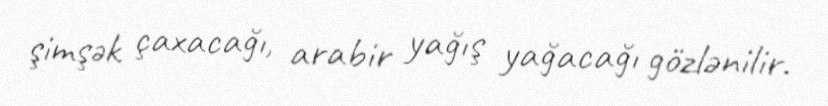
şimşək çaxacağı, arabir yağış yağacağı gözlənilir.